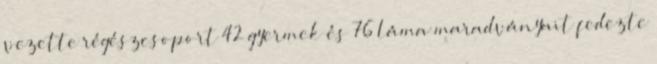
vezette régészcsoport 42 gyermek és 76 láma maradványait fedezte